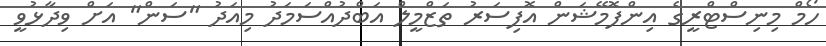
ހޯމް މިނިސްޓްރީގެ އިންފޮމޭޝަން އޮފިސަރު ތަޒްމީލް އަބްދުއްސަމަދު މިއަދު "ސަން" އަށް ވިދާޅުވީ